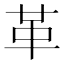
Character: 革